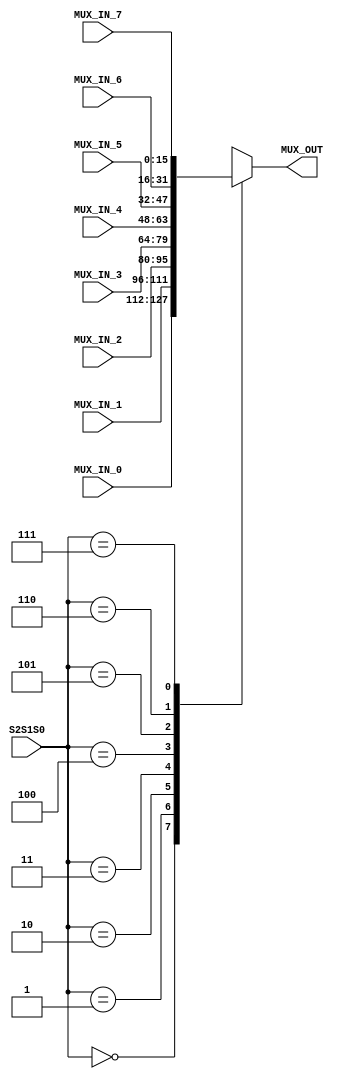
`timescale 1ns / 1ps
//////////////////////////////////////////////////////////////////////////////////
// Company: 
// Engineer: 
// 
// Design Name: 
// Module Name: MULTIPLEXER
// Project Name: 
// Target Devices: 
// Tool Versions: 
// Description: 
// 
// Dependencies: 
// 
// Revision:
// Revision 0.01 - File Created
// Additional Comments:
// 
//////////////////////////////////////////////////////////////////////////////////


module MULTIPLEXER(

	input [15:0] MUX_IN_0,
	input [15:0] MUX_IN_1,
	input [15:0] MUX_IN_2,
	input [15:0] MUX_IN_3,
	input [15:0] MUX_IN_4,
	input [15:0] MUX_IN_5,
	input [15:0] MUX_IN_6,
	input [15:0] MUX_IN_7,
	input [2:0] S2S1S0,
	output reg [15:0] MUX_OUT
);

	always @* begin
		case(S2S1S0)
			3'b000:MUX_OUT=MUX_IN_0;
			3'b001:MUX_OUT=MUX_IN_1;
			3'b010:MUX_OUT=MUX_IN_2;
			3'b011:MUX_OUT=MUX_IN_3;
			3'b100:MUX_OUT=MUX_IN_4;
			3'b101:MUX_OUT=MUX_IN_5;
			3'b110:MUX_OUT=MUX_IN_6;
			3'b111:MUX_OUT=MUX_IN_7;
		endcase
	end

endmodule